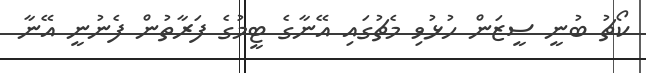
ކޯޗު ބުނީ ސީޒަން ހުޅުވި މެޗުގައި އޭނާގެ ޓީމުގެ ފަރާތުން ފެނުނީ އޭނާ